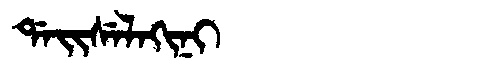
Manchu: ᡩᠠᡳᠰᡝᠯᠠᡴᡳᠨᡳ
Romanization: DAISELAKINI